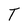
Character: T